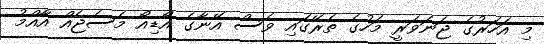
މި އަހަރުގެ ޖަނަވަރީ މަހުގެ ތެރޭގައި ވެސް އޭނާގެ އޯޑިއޯ މެސެޖެއް އާއްމު